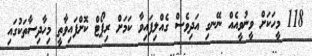
118 މީހަކަށް ވީނުވީއެއް ނޭނގި އަދިވެސް ގެއްލިފައިވާ ކަމަށް ރިޕޯޓް ކޮށްފައިވާތީ މިހާދިސާތަކުގައި